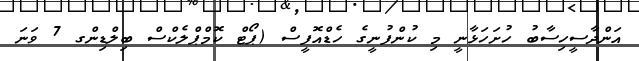
އަންދާސީހިސާބު ހުށަހަޅާނީ މި ކުންފުނީގެ ހެޑްއޮފީސް (ޕޯޓް ކޮމްޕްލެކްސް ބިލްޑިންގ 7 ވަނަ